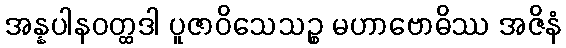
အန္နပါနဝတ္ထဒါ ပူဇာဝိသေသဉ္စ မဟာဗောဓိဿ အဇိနံ